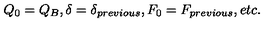
Q _ { 0 } = Q _ { B } , \delta = \delta _ { p r e v i o u s } , F _ { 0 } = F _ { p r e v i o u s } , e t c .